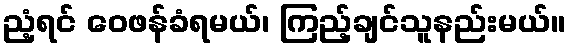
ညံ့ရင် ဝေဖန်ခံရမယ်၊ ကြည့်ချင်သူနည်းမယ်။